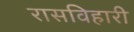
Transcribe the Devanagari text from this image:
रासविहारी